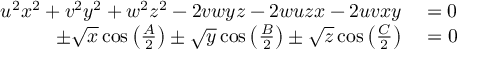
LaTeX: \begin{array} { r l } { u ^ { 2 } x ^ { 2 } + v ^ { 2 } y ^ { 2 } + w ^ { 2 } z ^ { 2 } - 2 v w y z - 2 w u z x - 2 u v x y } & { { } = 0 } \\ { \pm { \sqrt { x } } \cos \left( { \frac { A } { 2 } } \right) \pm { \sqrt { y } } \cos \left( { \frac { B } { 2 } } \right) \pm { \sqrt { z } } \cos \left( { \frac { C } { 2 } } \right) } & { { } = 0 } \end{array}